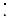
: